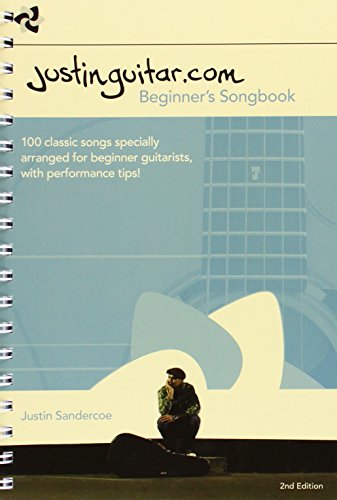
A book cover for Justinguitar.com Beginners Songbook: 100 Classic Songs Specially Arranged for Beginner Guitarists, with Performance Tips!; Various; Humor & Entertainment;